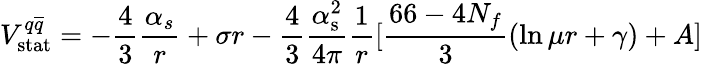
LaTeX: V_{\mathrm{stat}}^{q\overline{{{q}}}}=-\frac{4}{3}\frac{{\alpha}_{s}}{r}+\sigma r-{\frac{4}{3}}{\frac{\alpha_{\mathrm{s}}^{2}}{4\pi}}{\frac{1}{r}}[{\frac{66-4N_{f}}{3}}(\ln\mu r+\gamma)+A]